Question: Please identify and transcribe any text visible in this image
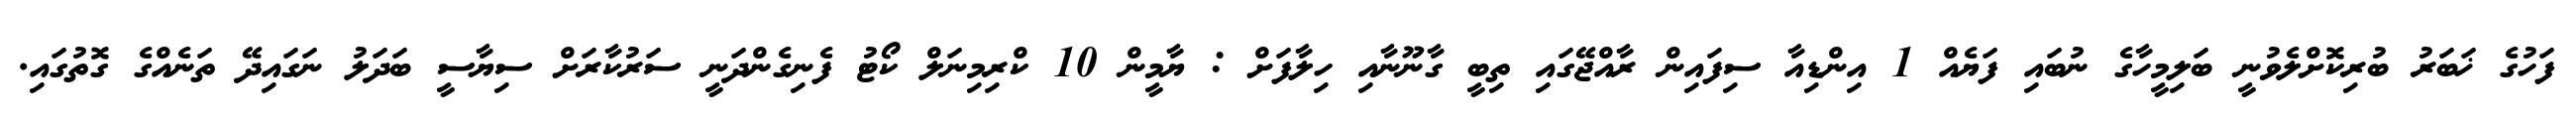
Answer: ފަހުގެ ޚަބަރު ބުރިކޮށްލެވުނީ ބަލިމީހާގެ ނުބައި ފަޔެއް 1 އިންޑިއާ ސިފައިން ރާއްޖޭގައި ތިބީ ގާނޫނާއި ހިލާފަށް : ޔާމީން 10 ކްރިމިނަލް ކޯޓު ފެނިގެންދަނީ ސަރުކާރަށް ސިޔާސީ ބަދަލު ނަގައިދޭ ތަނެއްގެ ގޮތުގައި.